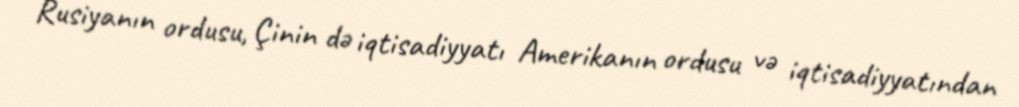
Rusiyanın ordusu, Çinin də iqtisadiyyatı Amerikanın ordusu və iqtisadiyyatından